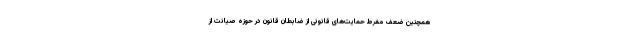
همچنین ضعف مفرط حمایت‌های قانونی از ضابطان قانون در حوزه صیانت از